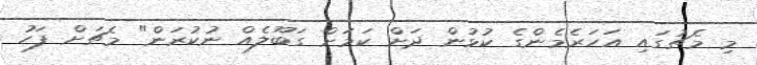
މި މެޗުގައި އަހަރެމެންގެ ކުޅުން ދަށް ކަމަށް ގަބޫލެއް ނުކުރަން" މެޗަށް ފަހު